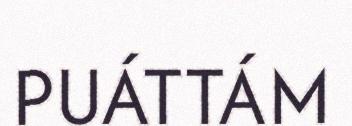
PUÁTTÁM